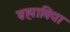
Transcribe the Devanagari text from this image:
ब्रह्माविद्या